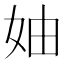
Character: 妯